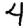
Digit: 4